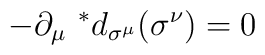
-\partial_{\mu} \ ^*d_{\sigma^{\mu}} (\sigma^{\nu}) = 0